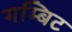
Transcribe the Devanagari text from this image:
गम्बिट